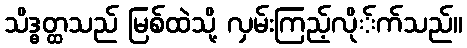
သိဒ္ဓတ္ထသည် မြစ်ထဲသို့ လှမ်းကြည့်လို်က်သည်။